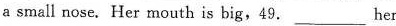
a small nose. Her mouth is big,49. ___ her